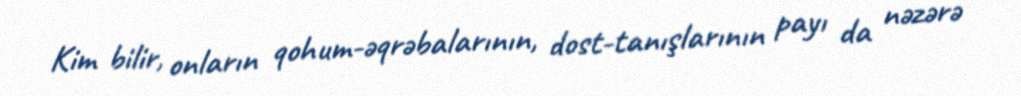
Kim bilir, onların qohum-əqrəbalarının, dost-tanışlarının payı da nəzərə